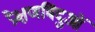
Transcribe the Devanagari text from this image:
प्रेक्षणबिंदुओं